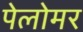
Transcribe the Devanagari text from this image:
पेलोमर